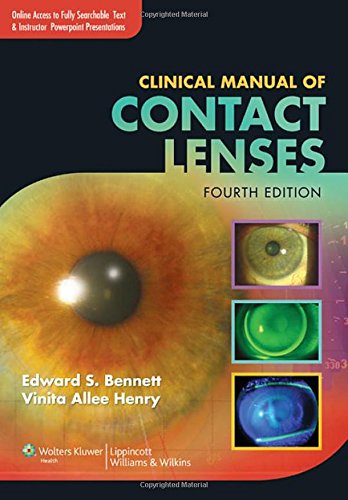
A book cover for Clinical Manual of Contact Lenses; Edward S. Bennett OD  MSEd  FAAO; Medical Books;